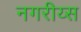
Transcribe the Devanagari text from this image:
नगरीय्स